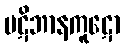
ပဋိဘာနကူဋော